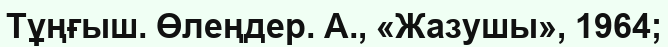
Тұңғыш. Өлеңдер. А., «Жазушы», 1964;